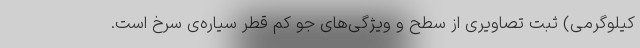
کیلوگرمی) ثبت تصاویری از سطح و ویژگی‌های جو کم قطر سیاره‌ی سرخ است.